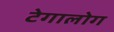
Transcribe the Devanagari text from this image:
टेगालोग